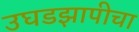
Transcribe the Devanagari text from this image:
उघडझापीचा